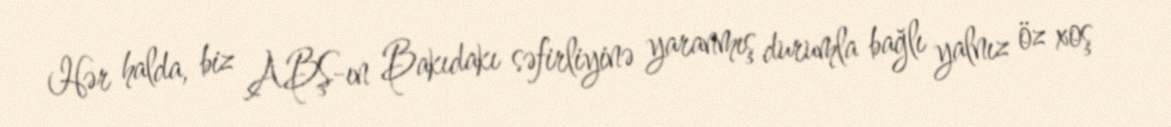
Hər halda, biz ABŞ-ın Bakıdakı səfirliyinə yaranmış durumla bağlı yalnız öz xoş